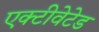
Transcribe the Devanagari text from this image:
एक्टीवेटेड